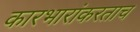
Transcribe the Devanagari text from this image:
कारभारांकरताच